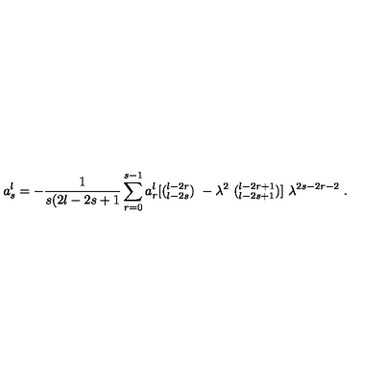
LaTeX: a _ { s } ^ { l } = - \frac { 1 } { s ( 2 l - 2 s + 1 } \sum _ { r = 0 } ^ { s - 1 } a _ { r } ^ { l } [ ( { } _ { l - 2 s } ^ { l - 2 r } ) \ - { \lambda } ^ { 2 } \ ( { } _ { l - 2 s + 1 } ^ { l - 2 r + 1 } ) ] \ \lambda ^ { 2 s - 2 r - 2 } \ .